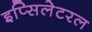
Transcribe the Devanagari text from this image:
इप्सिलेटरल